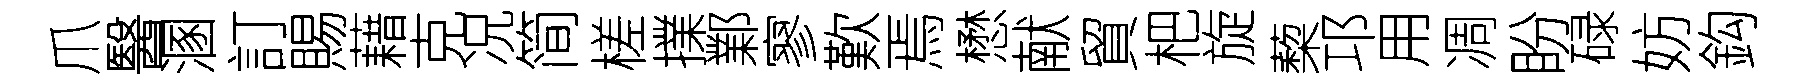
爪醫溷訂賜藉克况简槎擈鄴寥歎焉懋献貿杷旋蔾邛用凋盼碌妨鈎